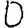
Digit: 0